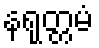
နရုတ္တမံ